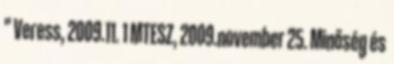
" Veress, 2009.11. 1 MTESZ, 2009.november 25. Minőség és